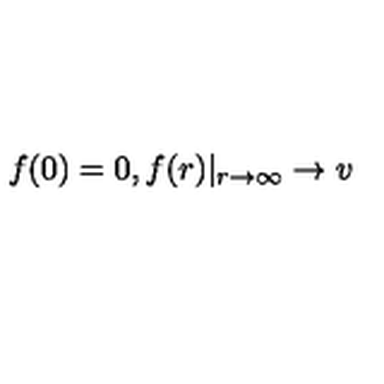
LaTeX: f ( 0 ) = 0 , f ( r ) | _ { r \rightarrow \infty } \rightarrow v